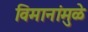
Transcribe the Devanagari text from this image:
विमानांमुळे